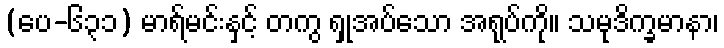
(ပေ-၆၃၁) မာရ်မင်းနှင့် တကွ ရှုအပ်သော အရုပ်ကို။ သမုဒိက္ခမာနာ၊